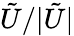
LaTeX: \tilde{U}/|\tilde{U}|